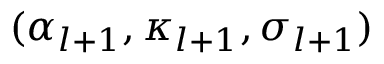
( \alpha _ { l + 1 } , \kappa _ { l + 1 } , \sigma _ { l + 1 } )